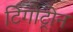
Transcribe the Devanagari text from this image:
टिगोट्रोन